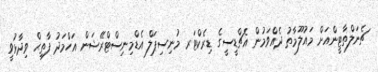
ޗެނަލްތާޓީންއަށް މައުލޫމާތު ދެއްވަމުން އެޗްޑީސީގެ ޑިރެކްޓަރ މުނިސިޕަލް އެޑްމިނިސްޓްރޭޝަން އަހްމަދު ފާތިޙް ވިދާޅުވީ